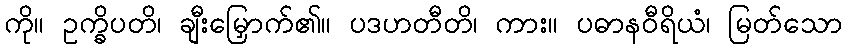
ကို။ ဥက္ခိပတိ၊ ချီးမြှောက်၏။ ပဒဟတီတိ၊ ကား။ ပဓာနဝီရိယံ၊ မြတ်သော